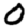
Digit: 0